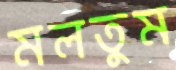
মলতুম